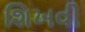
શિખવી